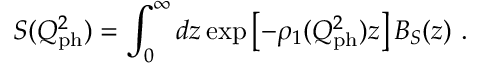
S ( Q _ { \mathrm { p h } } ^ { 2 } ) = \int _ { 0 } ^ { \infty } d z \exp \left[ - { \rho } _ { 1 } ( Q _ { \mathrm { p h } } ^ { 2 } ) z \right] B _ { S } ( z ) \ .